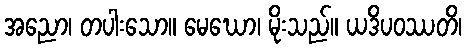
အညော၊ တပါးသော။ မေဃော၊ မိုးသည်။ ယဒိပဝဿတိ၊